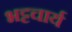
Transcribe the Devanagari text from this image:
भट्टचार्य